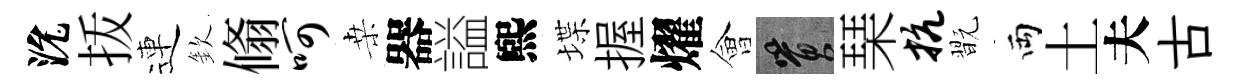
沇㧞連欽翛呵桒器謚煕堞握燿會篔琹抗翫両土夫古